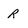
Character: R